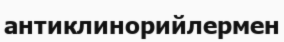
антиклинорийлермен